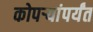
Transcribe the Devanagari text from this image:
कोपर्‍यांपर्यंत